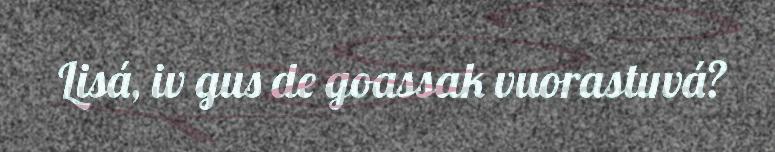
Lisá, iv gus de goassak vuorastuvá?